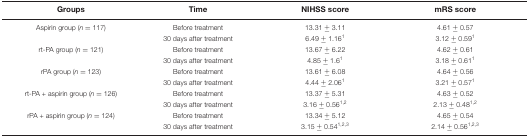
<table><thead><tr><td><b>Groups</b></td><td><b>Time</b></td><td><b>NIHSS score</b></td><td><b>mRS score</b></td></tr></thead><tbody><tr><td>Aspirin group (<i>n</i> = 117)</td><td>Before treatment</td><td>13.31 ± 3.11</td><td>4.61 ± 0.57</td></tr><tr><td></td><td>30 days after treatment</td><td>6.49 ± 1.16<sup>1</sup></td><td>3.12 ± 0.59<sup>1</sup></td></tr><tr><td>rt-PA group (<i>n</i> = 121)</td><td>Before treatment</td><td>13.67 ± 6.22</td><td>4.62 ± 0.61</td></tr><tr><td></td><td>30 days after treatment</td><td>4.85 ± 1.6<sup>1</sup></td><td>3.18 ± 0.61<sup>1</sup></td></tr><tr><td>rPA group (<i>n</i> = 123)</td><td>Before treatment</td><td>13.61 ± 6.08</td><td>4.64 ± 0.56</td></tr><tr><td></td><td>30 days after treatment</td><td>4.44 ± 2.06<sup>1</sup></td><td>3.21 ± 0.57<sup>1</sup></td></tr><tr><td>rt-PA + aspirin group (<i>n</i> = 126)</td><td>Before treatment</td><td>13.37 ± 5.31</td><td>4.63 ± 0.52</td></tr><tr><td></td><td>30 days after treatment</td><td>3.16 ± 0.56<sup>1,2</sup></td><td>2.13 ± 0.48<sup>1,2</sup></td></tr><tr><td>rPA + aspirin group (<i>n</i> = 124)</td><td>Before treatment</td><td>13.34 ± 5.12</td><td>4.65 ± 0.54</td></tr><tr><td></td><td>30 days after treatment</td><td>3.15 ± 0.54<sup>1,2,3</sup></td><td>2.14 ± 0.56<sup>1,2,3</sup></td></tr></tbody></table>